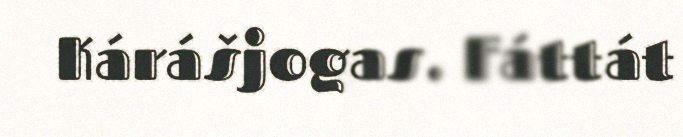
Kárášjogas. Fáttát